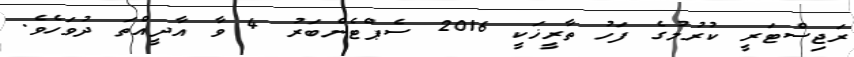
ރަޖިސްޓަރީ ކުރުމުގެ ފަހު ތާރީޚަކީ 2016 ސެޕްޓެންބަރު 4 ވާ އާދީއްތަ ދުވަހެވެ.